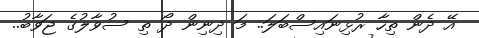
އޭ ދެން ތިހާ ރުޅިނައިސްބަލަ.. މަ ދިނިން ދޯ ތި ސުވާލުގެ ޖަވާބު..